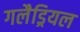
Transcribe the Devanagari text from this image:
गलैड्रियल